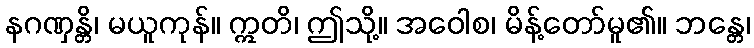
နဂဏှန္တိ၊ မယူကုန်။ ဣတိ၊ ဤသို့။ အဝေါစ၊ မိန့်တော်မူ၏။ ဘန္တေ၊